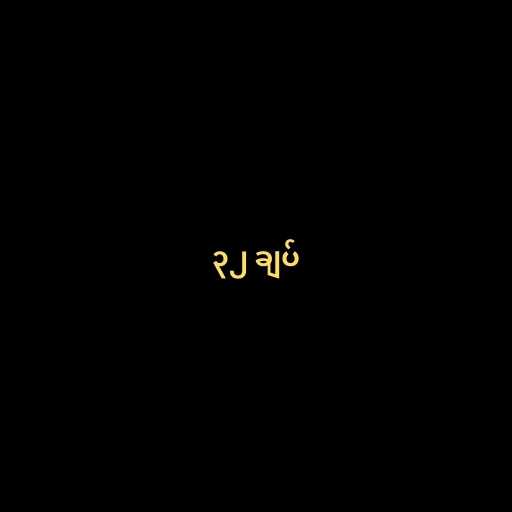
၃၂ ချပ်